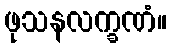
ဖုသနလက္ခဏံ။